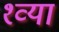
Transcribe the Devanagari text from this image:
१व्या